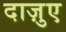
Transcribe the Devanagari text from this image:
दाज़ुए